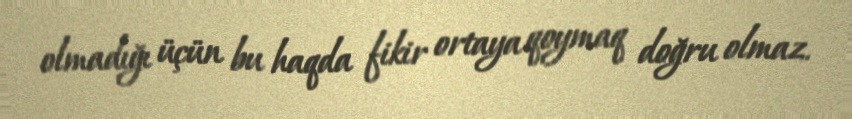
olmadığı üçün bu haqda fikir ortaya qoymaq doğru olmaz.